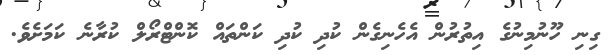
ގިނި ހޫނުމިނުގެ އިތުރުން އެހެނިގެން ކުދި ކުދި ކަންތައް ކޮންޓްރޯލް ކުރާނެ ކަމަށެވެ.